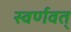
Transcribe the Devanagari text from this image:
स्वर्णवत्